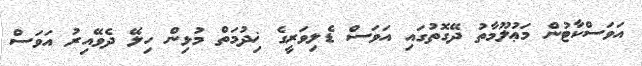
އަވަސްކާޓުން މަޢުލޫމާތު ދޭގޮތުގައި އަވަސް ޑެލިވަރީގެ ޚިދުމަތް މުޅިން ހިލޭ ދެވޭއިރު އަވަސް